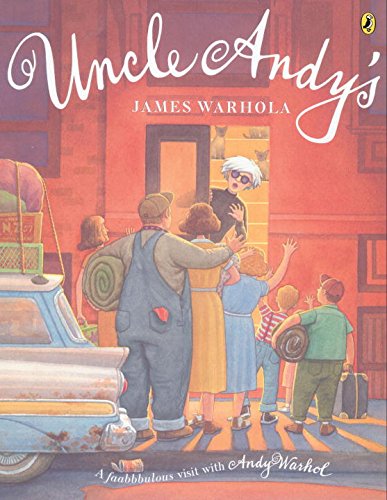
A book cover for Uncle Andy's (Picture Puffin Books); James Warhola; Children's Books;